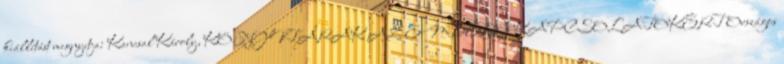
kiállítást megnyitja: Kancsal Károly, KÖNYVTÁRAK AZ EMBERI KAPCSOLATOKÉRT Országos